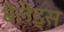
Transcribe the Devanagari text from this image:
बैलेड्स